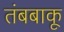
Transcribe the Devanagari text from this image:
तंबबाकू